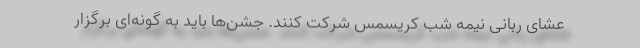
عشای ربانی نیمه شب کریسمس شرکت کنند. جشن‌ها باید به گونه‌ای برگزار